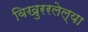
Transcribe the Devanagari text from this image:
विखुररलेल्या